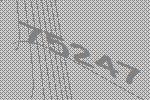
75247